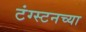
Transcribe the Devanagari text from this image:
टंग्स्टनच्या